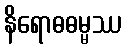
နိရောဓဓမ္မဿ